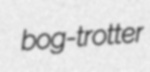
bog-trotter